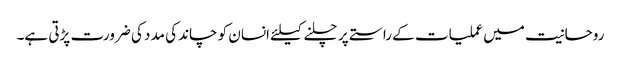
روحانیت میں عملیات کے راستے پر چلنے کیلئے انسان کو چاند کی مدد کی ضرورت پڑتی ہے۔